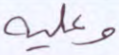
وعليه